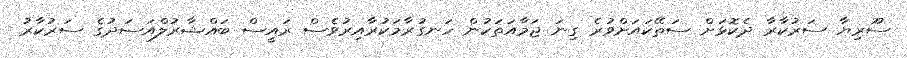
ސޫރިޔާ ސަރުކާރާ ދެކޮޅަށް ސަތޭކައަށްވުރެ ގިނަ ޖަމާއަތަކުން ހަނގުރާމަކުރާއިރުވެސް ރައީސް ބައްޝާރުލްއަސަދުގެ ސަރުކާރު